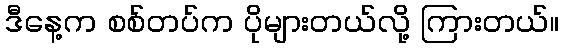
ဒီနေ့က စစ်တပ်က ပိုများတယ်လို့ ကြားတယ်။